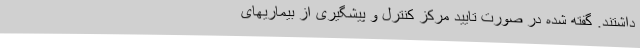
داشتند. گفته شده در صورت تایید مرکز کنترل و پیشگیری از بیماریهای